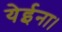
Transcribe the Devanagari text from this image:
येईना।